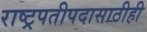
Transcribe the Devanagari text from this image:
राष्ट्रपतीपदासाठीही